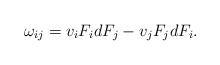
LaTeX: \begin{align*}\omega_{ij}=v_{i}F_idF_j - v_{j}F_j dF_i.\end{align*}